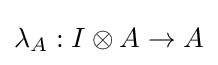
\lambda _{A}:I\otimes A\rightarrow A